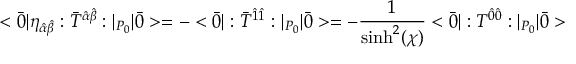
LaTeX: < \bar { 0 } | \eta _ { \hat { \alpha } \hat { \beta } } : \bar { T } ^ { \hat { \alpha } \hat { \beta } } : | _ { P _ { 0 } } | \bar { 0 } > = - < \bar { 0 } | : \bar { T } ^ { \hat { 1 } \hat { 1 } } : | _ { P _ { 0 } } | \bar { 0 } > = - \frac { 1 } { \sinh ^ { 2 } ( \chi ) } < \bar { 0 } | : T ^ { \hat { 0 } \hat { 0 } } : | _ { P _ { 0 } } | \bar { 0 } >